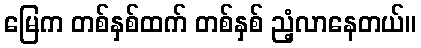
မြေက တစ်နှစ်ထက် တစ်နှစ် ညံ့လာနေတယ်။